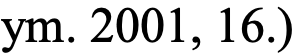
ym. 2001, 16.)